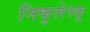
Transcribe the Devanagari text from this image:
निकुलेस्कू